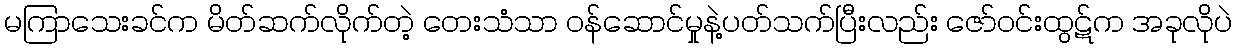
မကြာသေးခင်က မိတ်ဆက်လိုက်တဲ့ တေးသံသာ ဝန်ဆောင်မှုနဲ့ပတ်သက်ပြီးလည်း ဇော်ဝင်းထွဋ်က အခုလိုပဲ